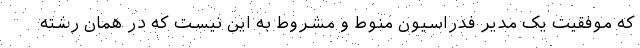
که موفقیت یک مدیر فدراسیون منوط و مشروط به این نیست که در همان رشته